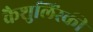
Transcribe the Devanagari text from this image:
कैशुलिंस्की